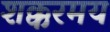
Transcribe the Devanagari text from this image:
शक्करमय